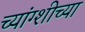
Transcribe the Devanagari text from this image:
च्यांग्शीच्या